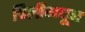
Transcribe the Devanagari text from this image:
चिलीमधून